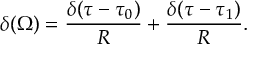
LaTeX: \delta ( \Omega ) = { \frac { \delta ( \tau - \tau _ { 0 } ) } { R } } + { \frac { \delta ( \tau - \tau _ { 1 } ) } { R } } .